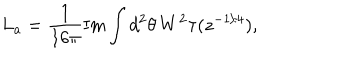
L _ { a } = \frac { 1 } { 1 6 \pi } \mathrm { I m } \int d ^ { 2 } \theta \, W ^ { 2 } \tau ( z ^ { - 1 / 4 } ) ,